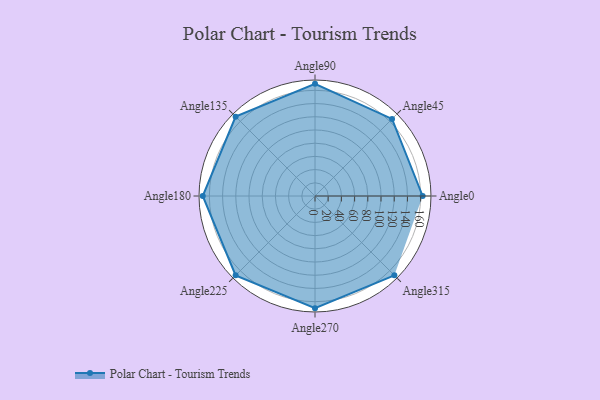
{"axis": {"x": "Angle", "y": "Radius"}, "legend": [""], "data": [{"x": "Angle0", "y": 163.0, "type": ""}, {"x": "Angle45", "y": 165.0, "type": ""}, {"x": "Angle90", "y": 170.0, "type": ""}, {"x": "Angle135", "y": 170, "type": ""}, {"x": "Angle180", "y": 170, "type": ""}, {"x": "Angle225", "y": 170, "type": ""}, {"x": "Angle270", "y": 170, "type": ""}, {"x": "Angle315", "y": 170, "type": ""}]}